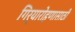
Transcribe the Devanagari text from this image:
गिर्यारोहणासाठी